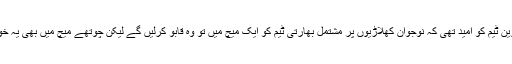
زمبابوین ٹیم کو امید تھی کہ نوجوان کھلاڑیوں پر مشتمل بھارتی ٹیم کو ایک میچ میں تو وہ قابو کرلیں گے لیکن چوتھے میچ میں بھی یہ خواب 1